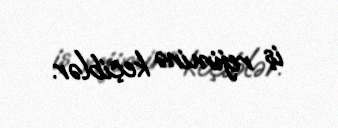
iş rejiminə keçiblər.